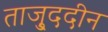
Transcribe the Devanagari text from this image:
ताजु्ददीन